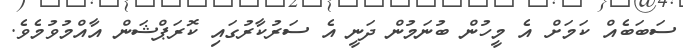
ސަބަބެއް ކަމަށް އެ މީހުން ބުނަމުން ދަނީ އެ ސަރުކާރުގައި ކޮރަޕްޝަން އާއްމުވުމެވެ.